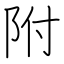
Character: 附